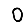
Digit: 0